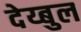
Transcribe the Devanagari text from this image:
देय्बुल